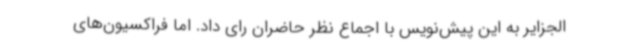
الجزایر به این پیش‌نویس با اجماع نظر حاضران رای داد. اما فراکسیون‌های